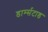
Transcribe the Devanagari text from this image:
डार्म्सटाड